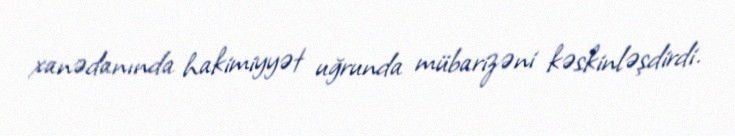
xanədanında hakimiyyət uğrunda mübarizəni kəskinləşdirdi.